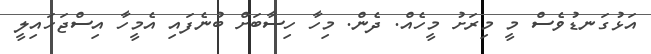
އަޅުގަނޑުވެސް މީ މިރަށު މީހެއް. ދެން. މިހާ ހިސާބަށް ބުނެފައި އެމީހާ އިސްޖަހައިލީ